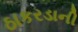
ઠાકરડાની